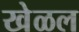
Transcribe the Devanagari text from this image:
खेळल